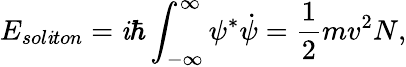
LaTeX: E_{sol\mathit{i}ton}=\mathit{i}\hbar\int_{-\infty}^{\infty}\psi^{*}\dot{{\psi}}=\frac{{1}}{{2}}mv^{2}N,